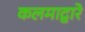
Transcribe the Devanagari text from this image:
कलमाद्वारे